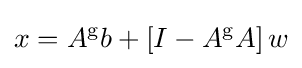
x=A^{\mathrm {g} }b+\left[I-A^{\mathrm {g} }A\right]w